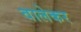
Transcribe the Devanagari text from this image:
वालेकर